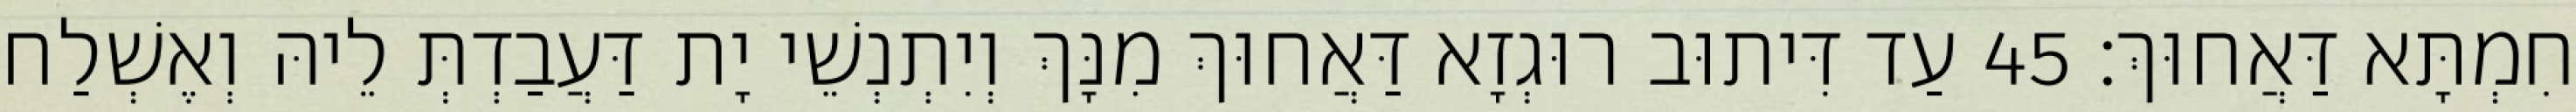
חִמְתָּא דַּאֲחוּךְ׃ 45 עַד דִּיתוּב רוּגְזָא דַּאֲחוּךְ מִנָּךְ וְיִתְנְשֵׁי יָת דַּעֲבַדְתְּ לֵיהּ וְאֶשְׁלַח